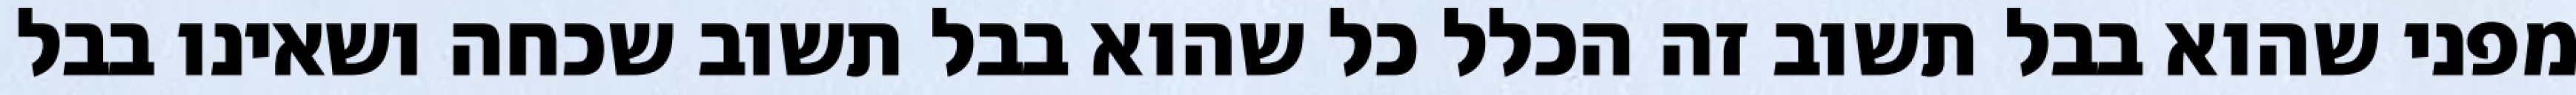
מפני שהוא בבל תשוב זה הכלל כל שהוא בבל תשוב שכחה ושאינו בבל